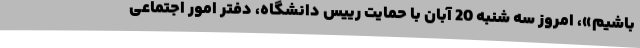
باشیم»، امروز سه شنبه 20 آبان با حمایت رییس دانشگاه، دفتر امور اجتماعی